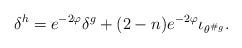
LaTeX: \begin{align*}\delta^h =e^{-2\varphi}\delta^g + (2-n)e^{-2\varphi} \iota_{\theta^{\#_g}}.\end{align*}